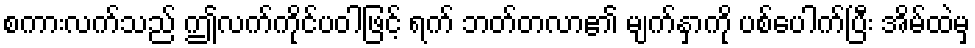
စကားလက်သည် ဤလက်ကိုင်ပဝါဖြင့် ရက် ဘတ်တလာ၏ မျက်နှာကို ပစ်ပေါက်ပြီး အိမ်ထဲမှ